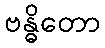
ဗန္ဓိတော